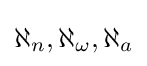
\aleph _{n},\aleph _{\omega },\aleph _{a}